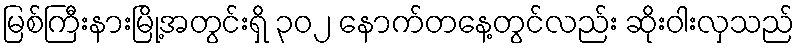
မြစ်ကြီးနားမြို့အတွင်းရှိ ၃၀၂ နောက်တနေ့တွင်လည်း ဆိုးဝါးလှသည်